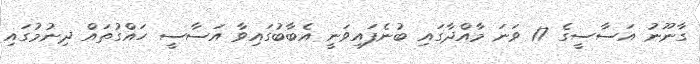
ގާނޫނު އަސާސީގެ 17 ވަނަ މާއްދާގައި ބުނެފައިވަނީ އެބާބުގައިވާ އަސާސީ ހައްގުތައް ދިނުމުގައި